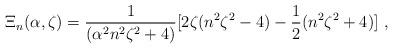
LaTeX: \begin{align*}\Xi_n(\alpha,\zeta)=\frac{1}{(\alpha^2n^2\zeta^2+4)}[2\zeta(n^2\zeta^2-4)-\frac{1}{2}(n^2\zeta^2+4)]\ ,\end{align*}